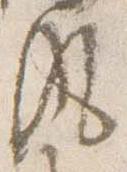
風